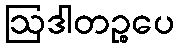
ဩဒါတဉ္စပေ